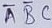
Text: ABC